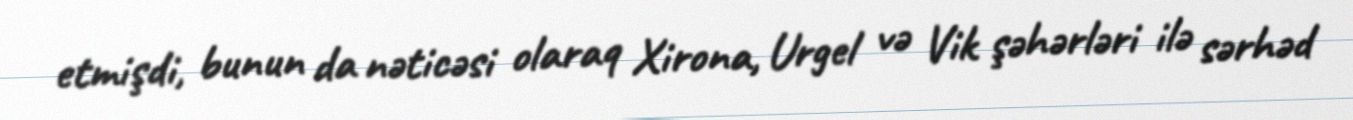
etmişdi, bunun da nəticəsi olaraq Xirona, Urgel və Vik şəhərləri ilə sərhəd